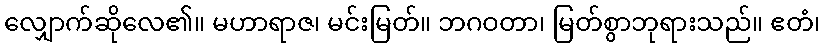
လျှောက်ဆိုလေ၏။ မဟာရာဇ၊ မင်းမြတ်။ ဘဂဝတာ၊ မြတ်စွာဘုရားသည်။ ဧတံ၊